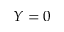
Y = 0